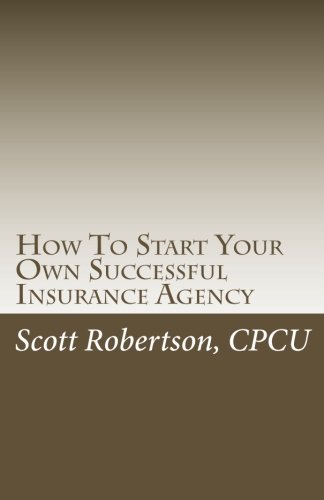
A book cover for How To Start Your Own Successful Insurance Agency; Scott Robertson CPCU; Business & Money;